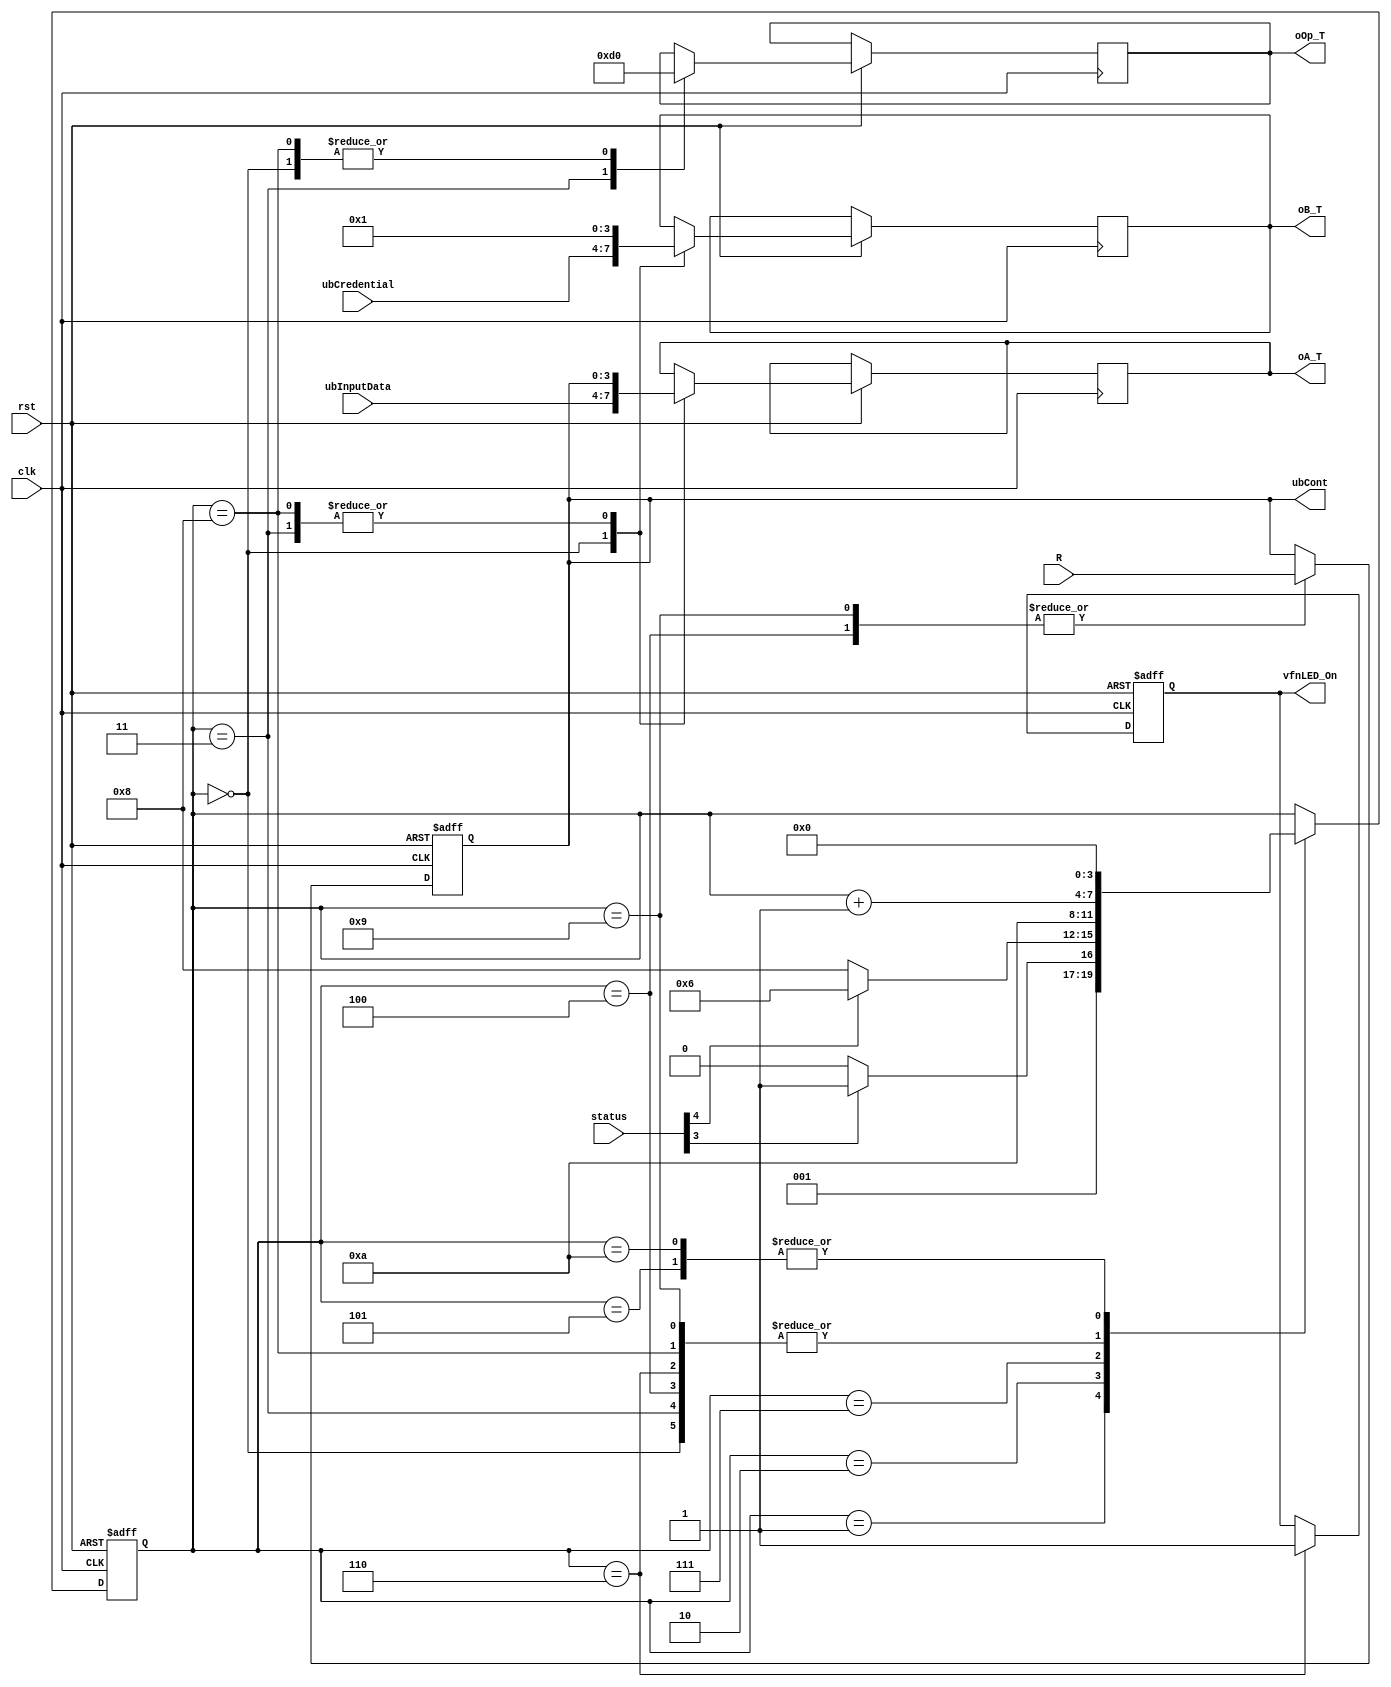
module UnidadControl(
input clk,
input rst,
input [4:0]status,
input [3:0]R,
input [3:0]ubInputData,
input [3:0]ubCredential,

output reg [3:0]oA_T,
output reg [3:0]oB_T,
output reg [3:0]oOp_T, 
output [3:0]ubCont,
output reg vfnLED_On

);




reg [3:0]Pc;
reg [3:0]ubCounter;




assign ubCont = ubCounter;

always @(posedge clk or negedge rst)
begin
	if(!rst)
	begin
		Pc = 4'd0;
		ubCounter = 4'd0;
		vfnLED_On = 1'b0;
	end
	else
	begin
		case (Pc)
			4'd0:
			begin
				oA_T = ubInputData;
				oB_T = ubCredential;
				oOp_T = 4'd0;
				Pc = Pc + 4'd1;
			end
			4'd1:
			begin
				if(status[3])
					Pc = 4'd3;
				else
					Pc = 4'd2;
			end
			4'd2:
			begin
				if(status[4])
					Pc = 4'd6;
				else
					Pc = 4'd8;
			end
			4'd3:
			begin
				oA_T = ubCounter;
				oB_T = 4'd1;
				oOp_T = 4'd13;
				Pc = Pc + 4'd1;
			end
			4'd4:
			begin
				ubCounter = R;
				Pc = Pc + 4'd1;
			end
			4'd5:
			begin
				Pc = 4'd0;
			end
			4'd6:
			begin
				vfnLED_On = 1'd1;
				Pc = Pc +4'd1;
			end
			4'd7:
			begin
				Pc = 4'd10;
			end
			4'd8:
			begin
				oA_T = ubCounter;
				oB_T = 4'd1;
				oOp_T = 4'd0;
				Pc = Pc + 4'd1;
			end
			4'd9:
			begin
				ubCounter = R;
				Pc = Pc + 4'd1;
			end
			4'd10:
			begin
				Pc = 4'd0;
			end
		endcase
	end
end


endmodule